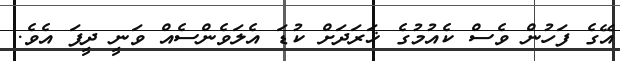
އޭގެ ފަހުން ވެސް ކެއުމުގެ ޚަރަދަށް ކުޑަ އެލަވެންސެއް ވަނީ ދީފަ އެވެ.